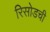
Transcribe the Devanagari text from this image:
रिसोडची